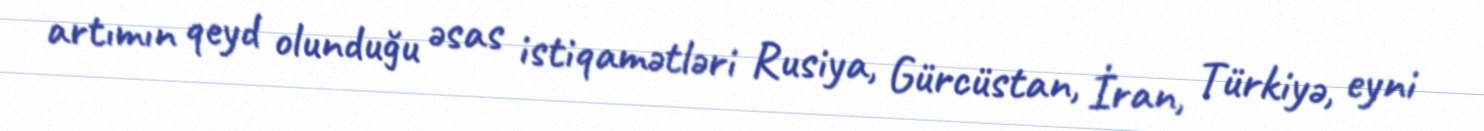
artımın qeyd olunduğu əsas istiqamətləri Rusiya, Gürcüstan, İran, Türkiyə, eyni